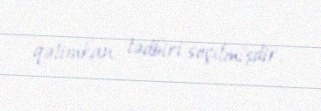
qətimkan tədbiri seçilmişdir.